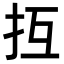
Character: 𢪔